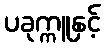
ပခုက္ကူနှင့်